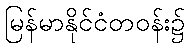
မြန်မာနိုင်ငံတဝန်း၌